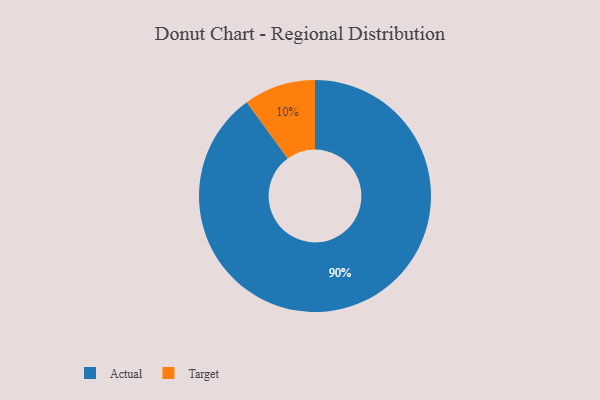
{"axis": {"x": "Category", "y": "Percentage"}, "legend": ["Actual", "Target"], "data": [{"x": "Actual", "y": 90, "type": "Actual"}, {"x": "Target", "y": 10, "type": "Target"}]}